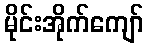
မိုင်းအိုက်ကျော်